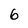
Character: 6